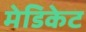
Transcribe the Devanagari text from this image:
मेडिकेट